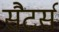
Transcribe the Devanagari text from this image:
सैटर्स